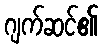
ဂျက်ဆင်၏